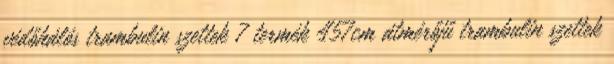
védőhálós trambulin szettek 7 termék 457cm átmérőjű trambulin szettek